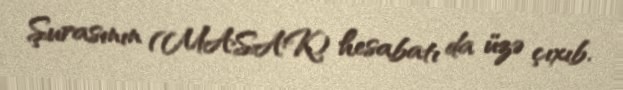
Şurasının (MASAK) hesabatı da üzə çıxıb.